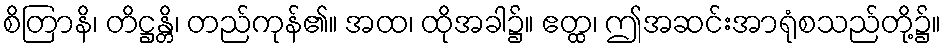
စိတြာနိ၊ တိဋ္ဌန္တိ၊ တည်ကုန်၏။ အထ၊ ထိုအခါ၌။ ဧတ္ထ၊ ဤအဆင်းအာရုံစသည်တို့၌။